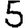
Digit: 5